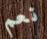
نعم